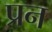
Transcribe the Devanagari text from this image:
प्रन